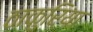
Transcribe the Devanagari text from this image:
ठाकुरिया